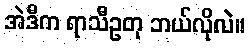
အဲဒီက ရာသီဥတု ဘယ်လိုလဲ။